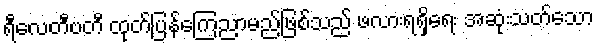
ရီလေတီဗတီ ထုတ်ပြန်ကြေညာမည်ဖြစ်သည် ဖလားရရှိရေး အဆုံးသတ်သော